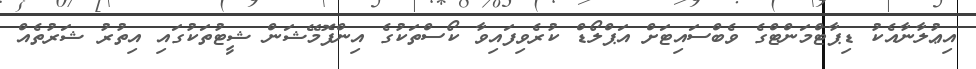
އިޢުލާނާއެކު ޑިޕާޓްމަންޓްގެ ވެބްސައިޓަށް އަޕްލޯޑް ކުރެވިފައިވާ ކޯސްތަކުގެ އިންފޮމޭޝަން ޝީޓުތަކުގައި އިތުރު ޝަރުތެއް